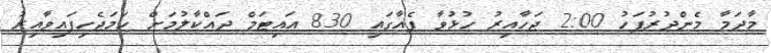
މާދަމާ މެންދުރުފަހު 2:00 ޖަހާއިރު ހުޅުވާ ފެއާގައި 830 އައިޓަމް ދައްކާލުމަށް ހަމަޖެހިފައިވާއިރު